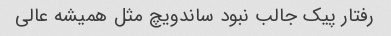
رفتار پیک جالب نبود ساندویچ مثل همیشه عالی